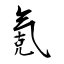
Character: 氪